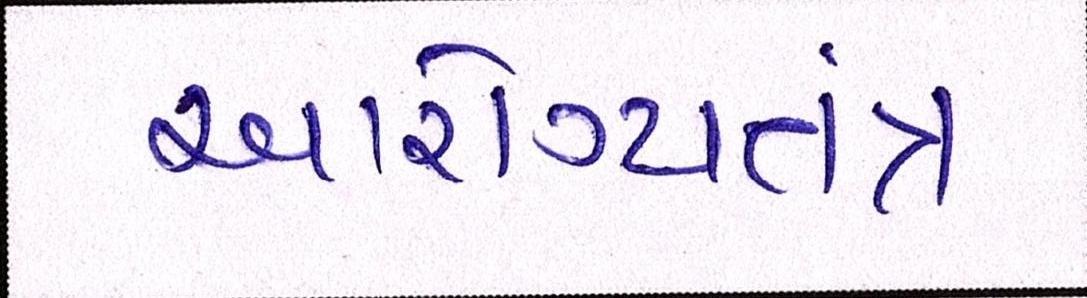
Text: આરોગ્યતંત્ર